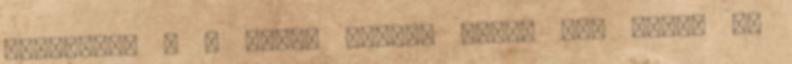
szakértők . A másik kérdés talán még ennél is